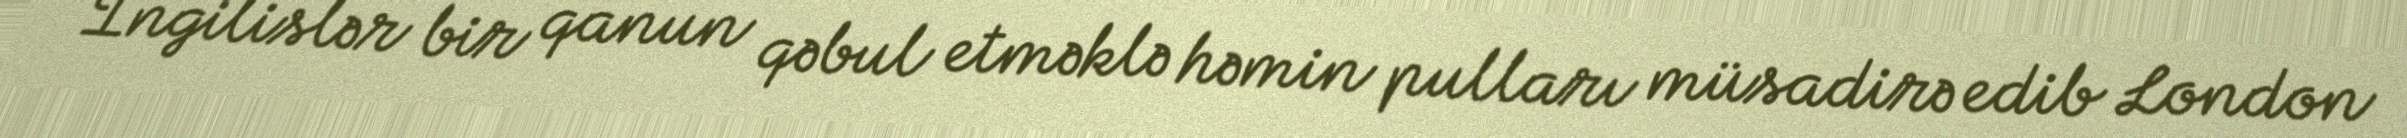
Ingilislər bir qanun qəbul etməklə həmin pulları müsadirə edib London